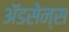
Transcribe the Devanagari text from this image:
ॲडसेन्स